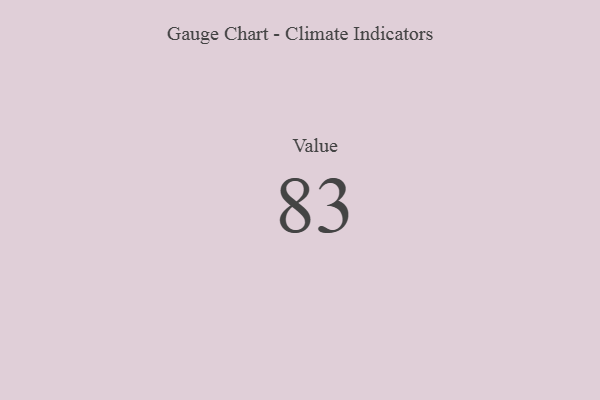
{"axis": {"x": "Metric", "y": "Value"}, "legend": [""], "data": [{"x": "Value", "y": 83, "type": ""}]}